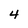
Character: 4